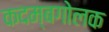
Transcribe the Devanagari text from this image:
कदम्बगोलक